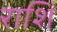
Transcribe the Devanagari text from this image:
राशि